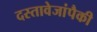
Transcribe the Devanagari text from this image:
दस्तावेजांपैकी